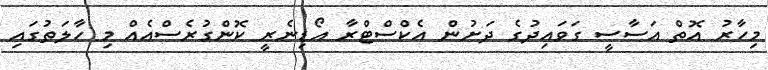
މިހާރު އޮތް އަސާސީ ގަވައިދުގެ ދަށުން އެކްސްޓްރާ އޯޑިނެރީ ކޮންގުރެސްއެއް މި ހާލަތުގައި